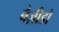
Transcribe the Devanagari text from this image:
बैज़ीडो